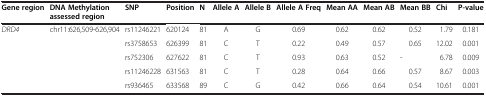
| Gene region | DNA Methylation assessed region | SNP | Position | N | Allele A | Allele B | Allele A Freq | Mean AA | Mean AB | Mean BB | Chi | P-value |
 | --- | --- | --- | --- | --- | --- | --- | --- | --- | --- | --- | --- | --- |
 | DRD4 | chr11:626,509-626,904 | rs11246221 | 620124 | 81 | A | G | 0.69 | 0.62 | 0.62 | 0.52 | 1.79 | 0.181 |
 |  |  | rs3758653 | 626399 | 81 | C | T | 0.22 | 0.49 | 0.57 | 0.65 | 12.02 | 0.001 |
 |  |  | rs752306 | 627622 | 81 | C | T | 0.93 | 0.63 | 0.52 | - | 6.78 | 0.009 |
 |  |  | rs11246228 | 631563 | 81 | C | T | 0.28 | 0.64 | 0.66 | 0.57 | 8.67 | 0.003 |
 |  |  | rs936465 | 633568 | 89 | C | G | 0.42 | 0.66 | 0.64 | 0.54 | 10.61 | 0.001 |